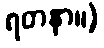
ရတနာ။)